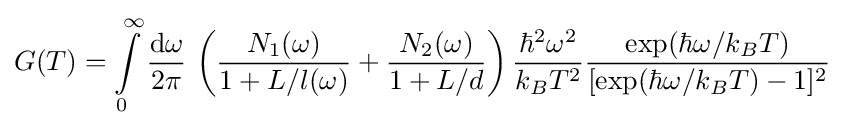
G(T)=\int \limits _{0}^{\infty }{\frac {\mathrm {d} \omega }{2\pi }}\,\left({\frac {N_{1}(\omega )}{1+L/l(\omega )}}+{\frac {N_{2}(\omega )}{1+L/d}}\right){\frac {\hbar ^{2}\omega ^{2}}{k_{B}T^{2}}}{\frac {\exp(\hbar \omega /k_{B}T)}{[\exp(\hbar \omega /k_{B}T)-1]^{2}}}